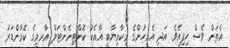
އެތަން ވެސް ހިފިއެވެ. އަދި އެމީހުންގެ މިކާމިޔާބީ އާއެކު ކޮންޓިނެންޓަލް އާރމީގެ ކޮމާންޑަރު